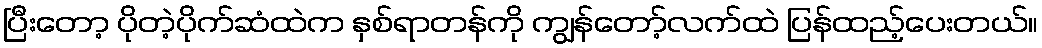
ပြီးတော့ ပိုတဲ့ပိုက်ဆံထဲက နှစ်ရာတန်ကို ကျွန်တော့်လက်ထဲ ပြန်ထည့်ပေးတယ်။